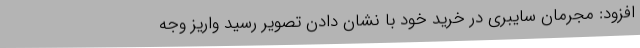
افزود: مجرمان سایبری در خرید خود با نشان دادن تصویر رسید واریز وجه